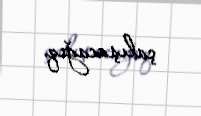
çalışacağıq.